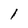
Character: l